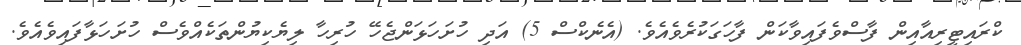
ކްރައިޓީރިއާއިން ފާސްވެފައިވާކަން ފާހަގަކުރެވެއެވެ. (އެނެކްސް 5) އަދި ހުށަހަޅަންޖެހޭ ހުރިހާ ލިޔެކިޔުންތަކެއްވެސް ހުށަހަޅާފައިވެއެވެ.